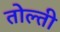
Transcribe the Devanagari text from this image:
तोल्ती